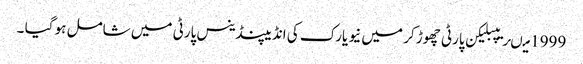
1999 میںریپبلیکن پارٹی چھوڑ کر میں نیو یارک کی انڈیپنڈینس پارٹی میں شامل ہو گیا ۔